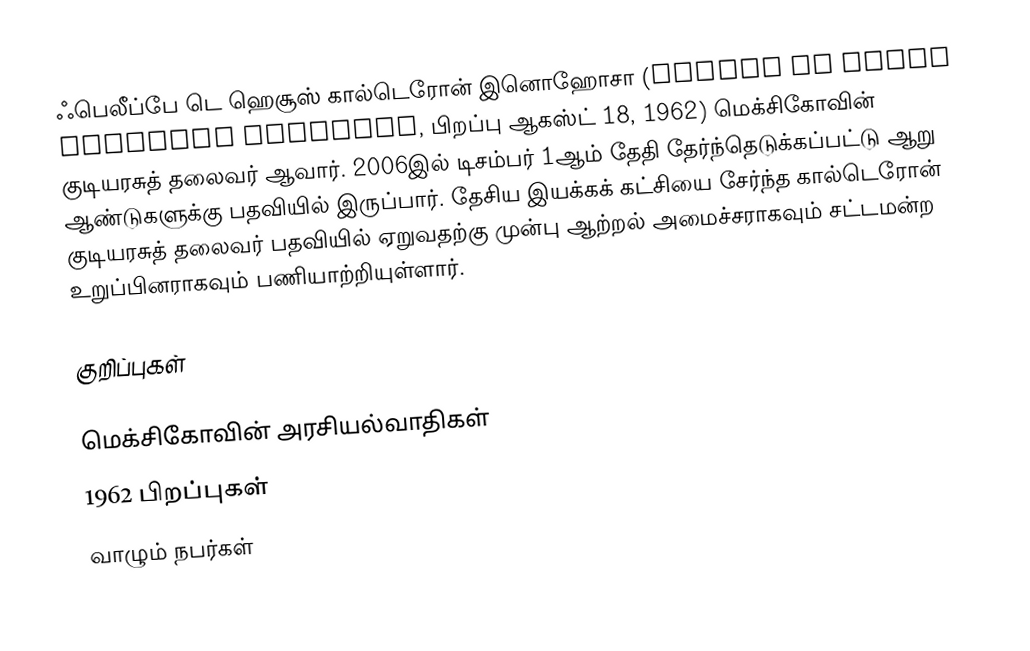
ஃபெலீப்பே டெ ஹெசூஸ் கால்டெரோன் இனொஹோசா (Felipe de Jesus Calderon Hinojosa, பிறப்பு ஆகஸ்ட் 18, 1962) மெக்சிகோவின் குடியரசுத் தலைவர் ஆவார். 2006இல் டிசம்பர் 1ஆம் தேதி தேர்ந்தெடுக்கப்பட்டு ஆறு ஆண்டுகளுக்கு பதவியில் இருப்பார். தேசிய இயக்கக் கட்சியை சேர்ந்த கால்டெரோன் குடியரசுத் தலைவர் பதவியில் ஏறுவதற்கு முன்பு ஆற்றல் அமைச்சராகவும் சட்டமன்ற உறுப்பினராகவும் பணியாற்றியுள்ளார்.

குறிப்புகள்

மெக்சிகோவின் அரசியல்வாதிகள்
1962 பிறப்புகள்
வாழும் நபர்கள்